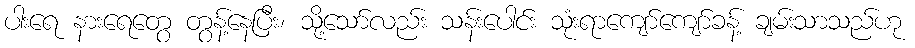
ပါးရေ နားရေတွေ တွန့်နေပြီး၊ သို့သော်လည်း သန်းပေါင်း သုံးရာကျော်ကျော်ခန့် ချမ်းသာသည်ဟု